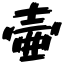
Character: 壷